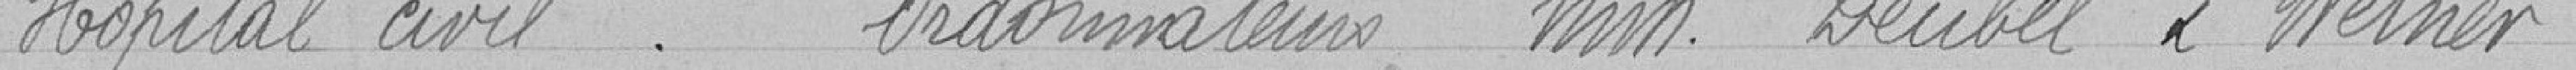
Hôpital Civil     : ordonnateurs Messieurs DEUBEL et WERNER